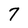
Character: 7